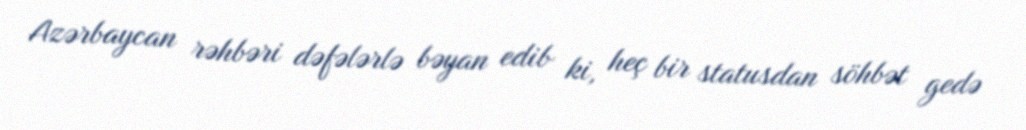
Azərbaycan rəhbəri dəfələrlə bəyan edib ki, heç bir statusdan söhbət gedə